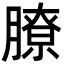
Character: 膫